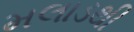
મલાડથી